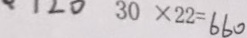
3 0 \times 2 2 = 6 6 0